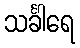
သင်္ခါရေ